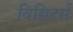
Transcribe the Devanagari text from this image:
विझिटर्स